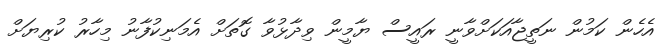
އެހެން ކަމުން ނަތީޖާއަކަށްވާނީ ރައީސް ޔާމީން ވިދާޅުވާ ގޮތަށް އެމަނިކުފާނު މިހާރު ކުރިޔަށް